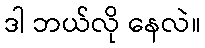
ဒါ ဘယ်လို နေလဲ။